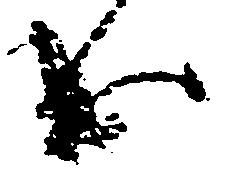
出